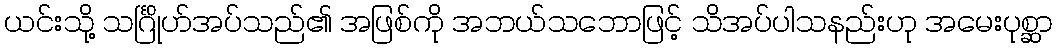
ယင်းသို့ သင်္ဂြိုဟ်အပ်သည်၏ အဖြစ်ကို အဘယ်သဘောဖြင့် သိအပ်ပါသနည်းဟု အမေးပုစ္ဆာ